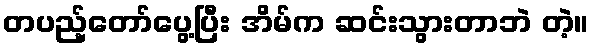
တပည့်တော်ပွေ့ပြီး အိမ်က ဆင်းသွားတာဘဲ တဲ့။